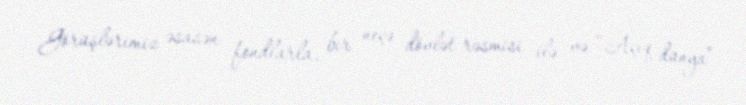
Görüşlərimiz əsasən fondlarla, bir neçə dövlət rəsmisi ilə və “Açıq dünya”